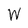
Character: W